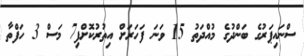
ސްނައިޕަރުގެ ބަންދުގެ މުއްދަތު 15 ވަަނަ ފަހަަރަށް އިތުރުކޮށްފި7 މަސް 3 ހަފްތާ